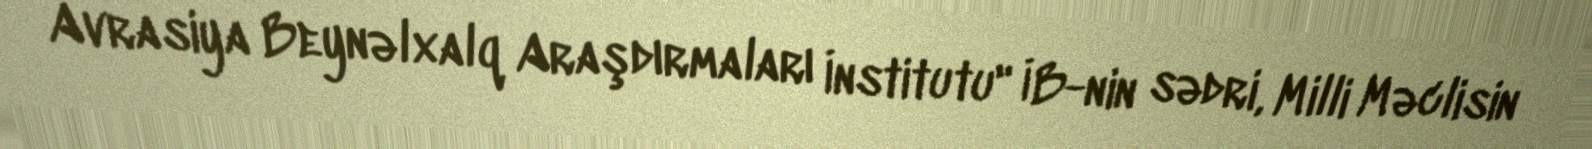
Avrasiya Beynəlxalq Araşdırmaları İnstitutu" İB-nin sədri, Milli Məclisin